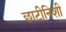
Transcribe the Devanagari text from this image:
छाटीनिशी